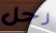
رجل